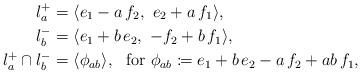
LaTeX: \begin{align*}l_a^+ &= \langle e_1-a\,f_2, \ e_2+a\,f_1 \rangle, \\l_b^- &= \langle e_1+b\,e_2, \ -f_2 +b\,f_1 \rangle, \\l_a^+ \cap l_b^- &= \langle \phi_{ab} \rangle, \ \ \mbox{for }\phi_{ab} \coloneqq e_1+b\,e_2-a\,f_2+ab\,f_1, \end{align*}